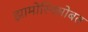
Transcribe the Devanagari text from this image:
झामोरिनसोबत